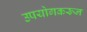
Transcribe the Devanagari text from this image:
उपयोगकरून